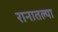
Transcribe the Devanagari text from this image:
रानातल्या